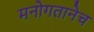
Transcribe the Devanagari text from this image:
मनोगतानेच